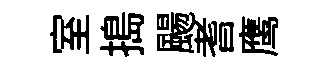
室搗颺耆鹰